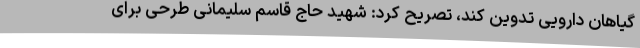
گیاهان دارویی تدوین کند، تصریح کرد: شهید حاج قاسم سلیمانی طرحی برای